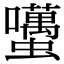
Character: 𧔺